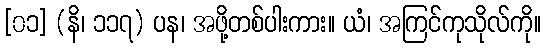
[၀၁] (နိ၊ ၁၁၇) ပန၊ အဖို့တစ်ပါးကား။ ယံ၊ အကြင်ကုသိုလ်ကို။